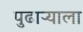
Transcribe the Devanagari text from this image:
पुढाऱ्याला